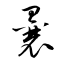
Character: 曩